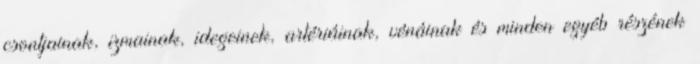
csontjainak, izmainak, idegeinek, artériáinak, vénáinak és minden egyéb részének